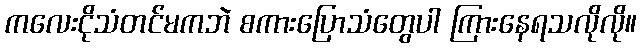
ကလေးငိုသံတင်မကဘဲ စကားပြောသံတွေပါ ကြားနေရသလိုလို။